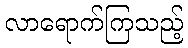
လာရောက်ကြသည့်